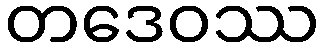
တဒေဝဿ